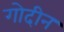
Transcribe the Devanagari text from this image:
गोदीन